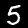
Digit: 5